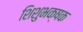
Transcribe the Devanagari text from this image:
शिशुभक्षक